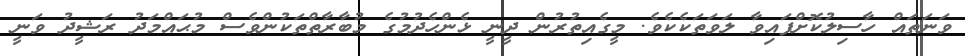
ވަނަތައް ހާސިލުކޮށްފައިވާ ލަވަތަކެކެވެ. މީގެއިތުރުން ދީނީ ޅެންހެދުމުގެ މުބާރާތްތަކުންވެސް މުޙައްމަދު ރަޝީދު ވަނީ